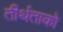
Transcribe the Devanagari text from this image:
तीर्थताको